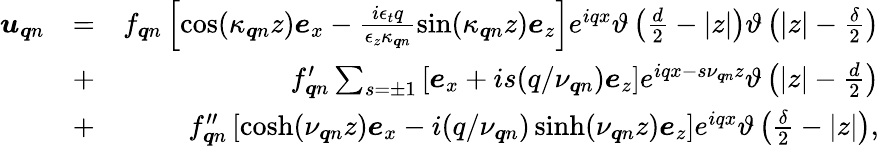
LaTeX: \begin{array}{rlr}{\boldsymbol{u}_{\boldsymbol{q}n}}&{=}&{f_{\boldsymbol{q}n}\left[\cos(\kappa_{\boldsymbol{q}n}z)\boldsymbol{e}_{x}-\frac{i\epsilon_{t}q}{\epsilon_{z}\kappa_{\boldsymbol{q}n}}\sin(\kappa_{\boldsymbol{q}n}z)\boldsymbol{e}_{z}\right]e^{iqx}\vartheta\left(\frac{d}{2}-|z|\right)\vartheta\left(|z|-\frac{\delta}{2}\right)}\\ &{+}&{f_{\boldsymbol{q}n}^{\prime}\sum_{s=\pm 1}\left[\boldsymbol{e}_{x}+is(q/\nu_{\boldsymbol{q}n})\boldsymbol{e}_{z}\right]e^{iqx-s\nu_{\boldsymbol{q}n}z}\vartheta\left(|z|-\frac{d}{2}\right)}\\ &{+}&{f_{\boldsymbol{q}n}^{\prime\prime}\left[\cosh(\nu_{\boldsymbol{q}n}z)\boldsymbol{e}_{x}-i(q/\nu_{\boldsymbol{q}n})\sinh(\nu_{\boldsymbol{q}n}z)\boldsymbol{e}_{z}\right]e^{iqx}\vartheta\left(\frac{\delta}{2}-|z|\right),}\end{array}